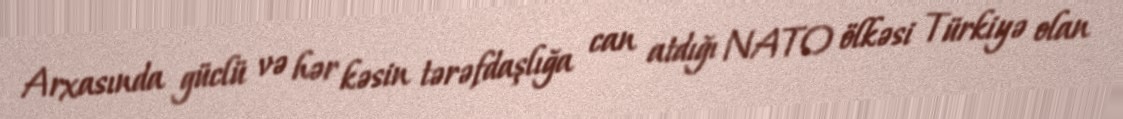
Arxasında güclü və hər kəsin tərəfdaşlığa can atdığı NATO ölkəsi Türkiyə olan